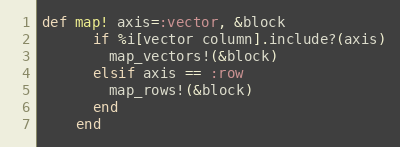
Language: Ruby
def map! axis=:vector, &block
      if %i[vector column].include?(axis)
        map_vectors!(&block)
      elsif axis == :row
        map_rows!(&block)
      end
    end